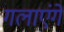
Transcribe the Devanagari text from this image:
गलाएंगे